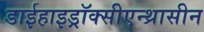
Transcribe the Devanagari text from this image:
डाईहाइड्रॉक्सीएन्थ्रासीन